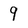
Character: 9